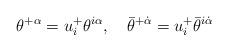
LaTeX: \begin{align*} \theta^{+\alpha} = u^+_i\theta^{i\alpha},\quad \bar\theta^{+\dot\alpha} = u^+_i\bar\theta^{i\dot\alpha}\end{align*}